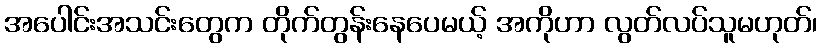
အပေါင်းအသင်းတွေက တိုက်တွန်းနေပေမယ့် အကိုဟာ လွတ်လပ်သူမဟုတ်၊